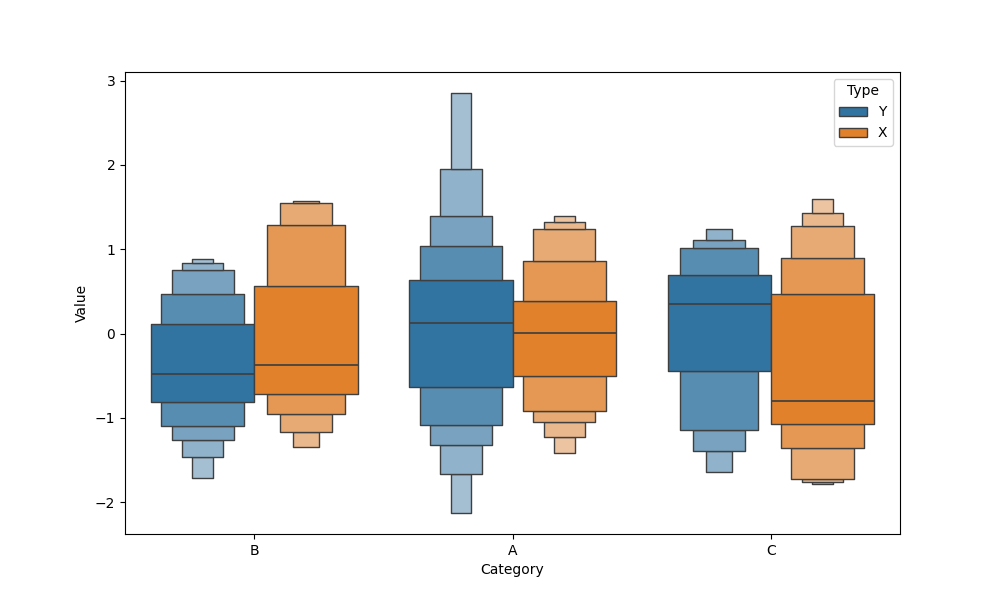
python, seaborn, boxenplot, k_depth='full', linewidth=1, scale='linear', outlier_prop=0.2, showfliers=False